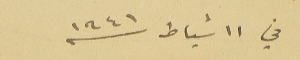
في ١١ شباط سنه ١٩٤١